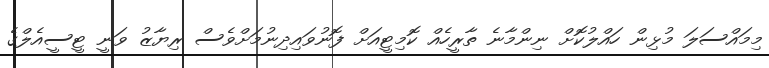
މިމައްސަލަ މުޅިން ހައްލުކޮށް ނިންމާނެ ތާރީހެއް ކޮމިޓީއަށް ފޮނުވައިދިނުމަށްވެސް ރިޔާޒު ވަނީ ޓީސީއެލްގެ